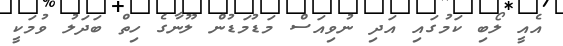
އެއީ ލޯބި ކަމުގައި އަދި ނުވިއަސް މަޑުމަޑުން ލޫނާގެ ހިތް ބަދަލު ވުމަކީ